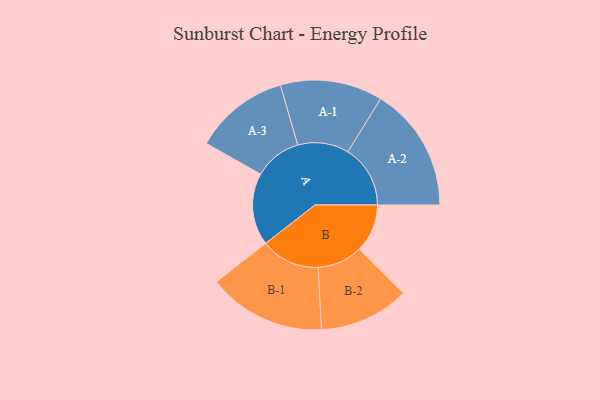
{"axis": {"x": "Segment", "y": "Value"}, "legend": ["", "A", "B"], "data": [{"x": "A", "y": 275, "type": ""}, {"x": "B", "y": 183, "type": ""}, {"x": "A-1", "y": 195, "type": "A"}, {"x": "A-2", "y": 238, "type": "A"}, {"x": "A-3", "y": 181, "type": "A"}, {"x": "B-1", "y": 225, "type": "B"}, {"x": "B-2", "y": 172, "type": "B"}]}